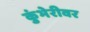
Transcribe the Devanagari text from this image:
कुंभेरीवर